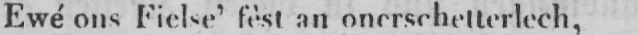
Ewé ons Fielse’ fèst an onerschetterlech,